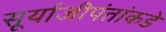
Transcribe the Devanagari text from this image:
सूर्याजीपंतांकडे